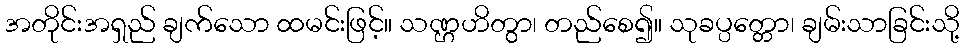
အတိုင်းအရှည် ချက်သော ထမင်းဖြင့်။ သဏ္ဌဟိတွာ၊ တည်စေ၍။ သုခပ္ပတ္တော၊ ချမ်းသာခြင်းသို့